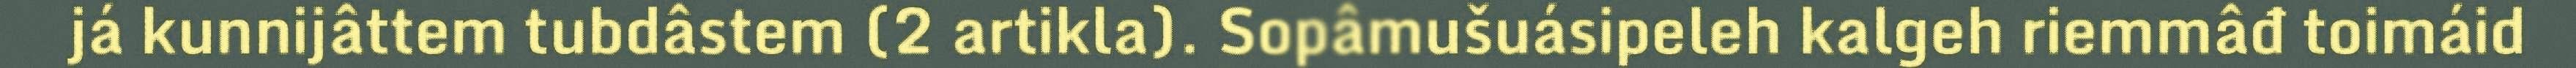
já kunnijâttem tubdâstem (2 artikla). Sopâmušuásipeleh kalgeh riemmâđ toimáid